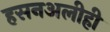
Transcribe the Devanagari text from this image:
हसनअलीही